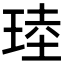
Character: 𪻧